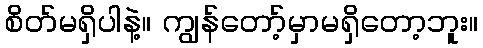
စိတ်မရှိပါနဲ့။ ကျွန်တော့်မှာမရှိတော့ဘူး။